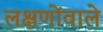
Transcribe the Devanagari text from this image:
लक्षणोंवाले